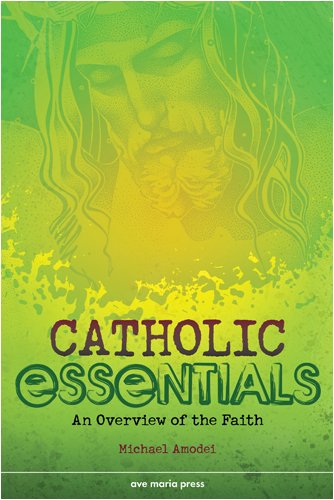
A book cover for Catholic Essentials: An Overview of the Faith; Michael Amodei; Christian Books & Bibles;